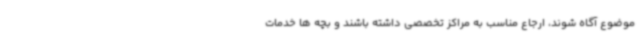
موضوع آگاه شوند، ارجاع مناسب به مراکز تخصصی داشته باشند و بچه ها خدمات